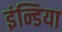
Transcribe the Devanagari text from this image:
इंन्डिया